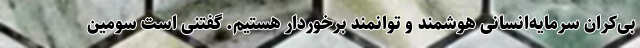
بی‌کران سرمایه‌انسانی هوشمند و توانمند برخوردار هستیم. گفتنی است سومین